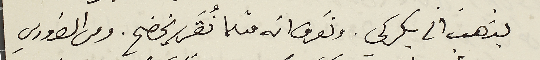
يذهب الى بكركي. ونَعرف انه مثلما نُقرر يخضح. ومن الضروري